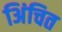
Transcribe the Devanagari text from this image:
अिंचित